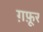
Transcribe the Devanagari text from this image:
ग़फ़ूर